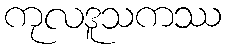
ကုလဒူသကဿ